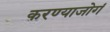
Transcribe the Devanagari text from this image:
करण्याजोगं